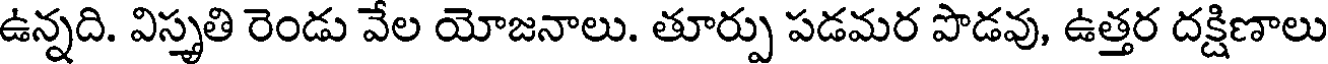
ఉన్నది. విస్తృతి రెండు వేల యోజనాలు. తూర్పు పడమర పొడవు, ఉత్తర దక్షిణాలు